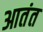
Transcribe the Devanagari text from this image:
आतंत